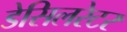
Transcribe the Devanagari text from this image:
डेसिलरेटर